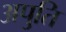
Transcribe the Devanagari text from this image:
अपुति